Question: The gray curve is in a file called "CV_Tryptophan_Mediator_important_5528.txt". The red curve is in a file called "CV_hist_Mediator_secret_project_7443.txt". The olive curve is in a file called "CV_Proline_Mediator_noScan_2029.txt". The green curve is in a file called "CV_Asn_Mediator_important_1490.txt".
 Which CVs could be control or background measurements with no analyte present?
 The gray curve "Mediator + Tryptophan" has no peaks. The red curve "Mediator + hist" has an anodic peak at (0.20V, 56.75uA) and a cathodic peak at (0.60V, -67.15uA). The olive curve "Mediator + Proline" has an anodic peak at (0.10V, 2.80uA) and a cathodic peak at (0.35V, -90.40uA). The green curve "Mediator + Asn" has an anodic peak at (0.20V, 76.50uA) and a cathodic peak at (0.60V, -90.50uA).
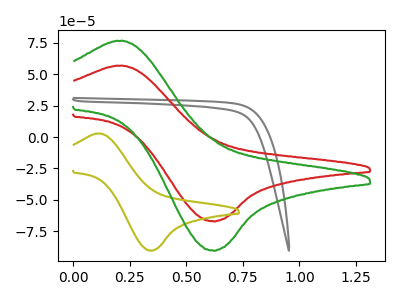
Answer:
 <answer>"Mediator + Tryptophan" is likely to be a blank.</answer>
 <eval>Mediator + Tryptophan</eval>